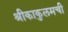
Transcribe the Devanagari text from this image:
श्रीकाकुलमची